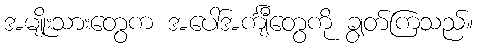
အမျိုးသားတွေက အပေါ်အင်္ကျီတွေကို ချွတ်ကြသည်။